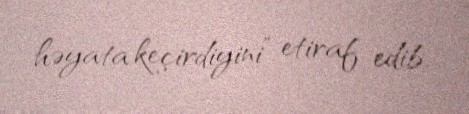
həyata keçirdiyini” etiraf edib.